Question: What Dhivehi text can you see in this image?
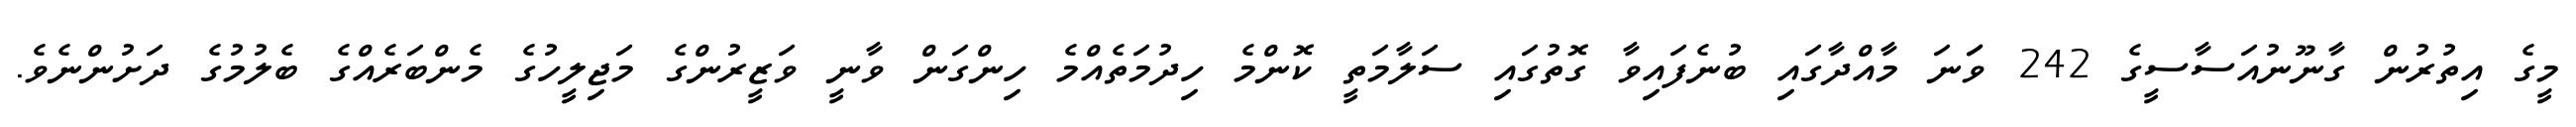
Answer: މީގެ އިތުރުން ގާނޫނުއަސާސީގެ 242 ވަަނަ މާއްދާގައި ބުނެފައިވާ ގޮތުގައި ސަލާމަތީ ކޮންމެ ހިދުމަތެއްމެ ހިންގަން ވާނީ ވަޒީރުންގެ މަޖިލީހުގެ މެންބަރެއްގެ ބެލުމުގެ ދަށުންނެވެ.